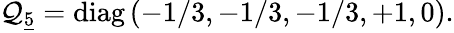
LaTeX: \mathcal{Q}_{\underline{{{{5}}}}}=\mathrm{{diag}}\left(-1/3,-1/3,-1/3,+1,0\right).